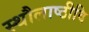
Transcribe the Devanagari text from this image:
स्थौलाष्ठीवि